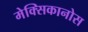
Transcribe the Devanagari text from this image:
मेक्सिकानोस